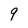
Character: 9